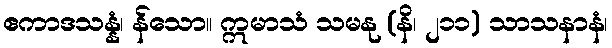
ဧကာဒသန္နံ၊ န်သော။ ဣမာသံ သမနု (နိ၊ ၂၁၁) သာသနာနံ၊